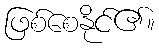
ဖြစ်စေနိုင်၏။